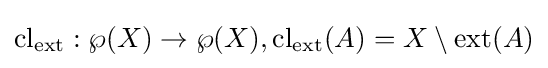
\operatorname {cl} _{\operatorname {ext} }:\wp (X)\to \wp (X),\operatorname {cl} _{\operatorname {ext} }(A)=X\setminus \operatorname {ext} (A)